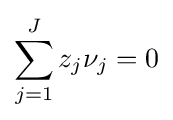
\sum _{j=1}^{J}z_{j}\nu _{j}=0